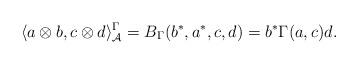
LaTeX: \begin{gather*}\langle a\otimes b, c \otimes d\rangle_{\mathcal A}^\Gamma=B_\Gamma(b^*, a^*, c, d)=b^*\Gamma(a, c)d.\end{gather*}